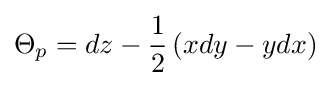
\Theta _{p}=dz-{\frac {1}{2}}\left(xdy-ydx\right)